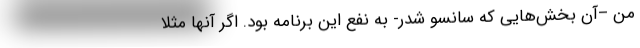
من –آن بخش‌هایی که سانسو شدر- به نفع این برنامه بود. اگر آنها مثلا